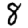
Digit: 8